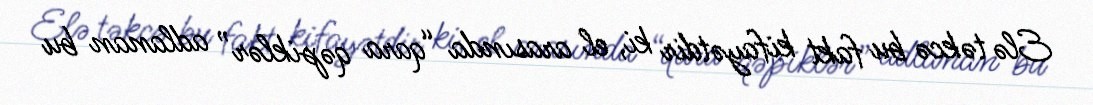
Elə təkcə bu fakt kifayətdir ki, el arasında “qara qəpiklər” adlanan bu